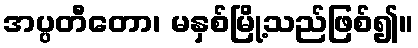
အပ္ပတီတော၊ မနှစ်မြို့သည်ဖြစ်၍။